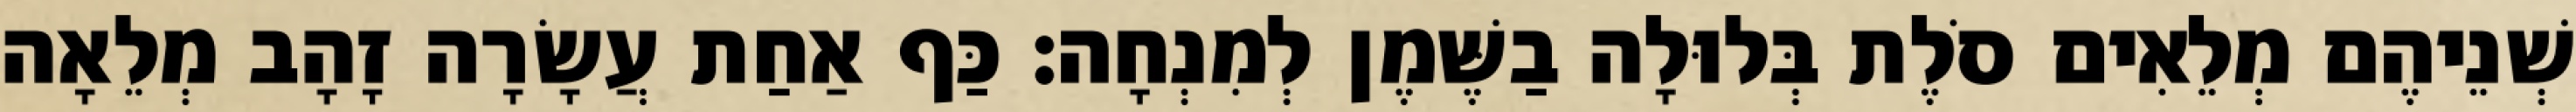
שְׁנֵיהֶם מְלֵאִים סֹלֶת בְּלוּלָה בַשֶּׁמֶן לְמִנְחָה׃ כַּף אַחַת עֲשָׂרָה זָהָב מְלֵאָה